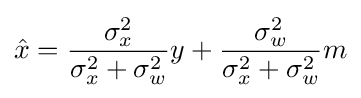
{\hat {x}}={\frac {\sigma _{x}^{2}}{\sigma _{x}^{2}+\sigma _{w}^{2}}}y+{\frac {\sigma _{w}^{2}}{\sigma _{x}^{2}+\sigma _{w}^{2}}}m